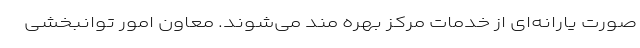
صورت یارانه‌ای از خدمات مرکز بهره مند می‌شوند. معاون امور توانبخشی